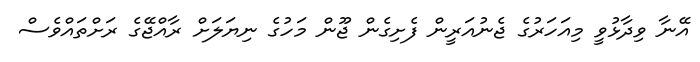
އޭނާ ވިދާޅުވީ މިއަހަރުގެ ޖެނުއަރީން ފެށިގެން ޖޫން މަހުގެ ނިޔަލަށް ރާއްޖޭގެ ރަށްތައްވެސް